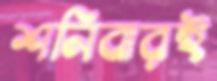
শনিবারই